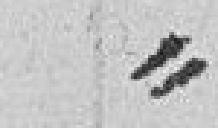
"